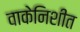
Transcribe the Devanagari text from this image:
वाकेनिशीत